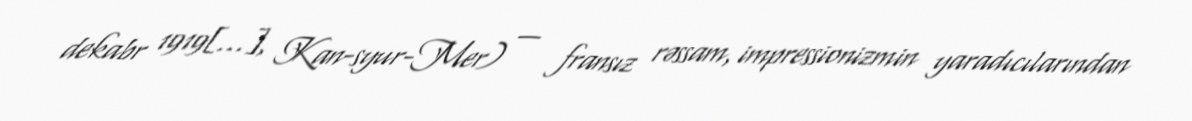
dekabr 1919[…], Kan-syur-Mer) — fransız rəssam, impressionizmin yaradıcılarından